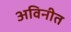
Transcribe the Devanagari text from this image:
अविनीत